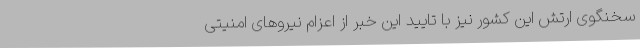
سخنگوی ارتش این کشور نیز با تایید این خبر از اعزام نیروهای امنیتی